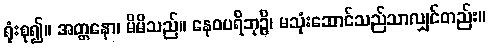
ရုံးစု၍။ အတ္တနော၊ မိမိသည်။ နေဝပရိဘုဉ္ဇိ၊ မသုံးဆောင်သည်သာလျှင်တည်း။